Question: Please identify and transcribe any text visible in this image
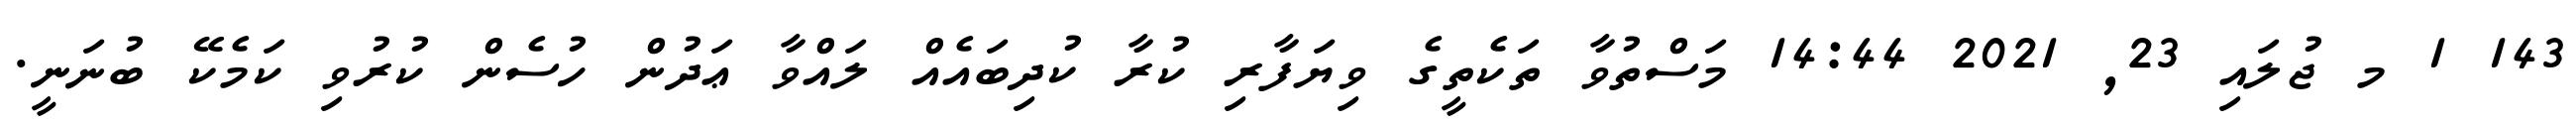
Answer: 143 1 މ ޖުލައި 23, 2021 14:44 މަސްތުވާ ތަކެތީގެ ވިޔަފާރި ކުރާ ކުދިބައެއް ލައްވާ ޢަދުން ހުސެން ކުރުވި ކަމެކޭ ބުނަނީ.